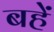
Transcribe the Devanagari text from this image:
बहें